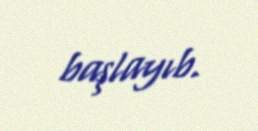
başlayıb.